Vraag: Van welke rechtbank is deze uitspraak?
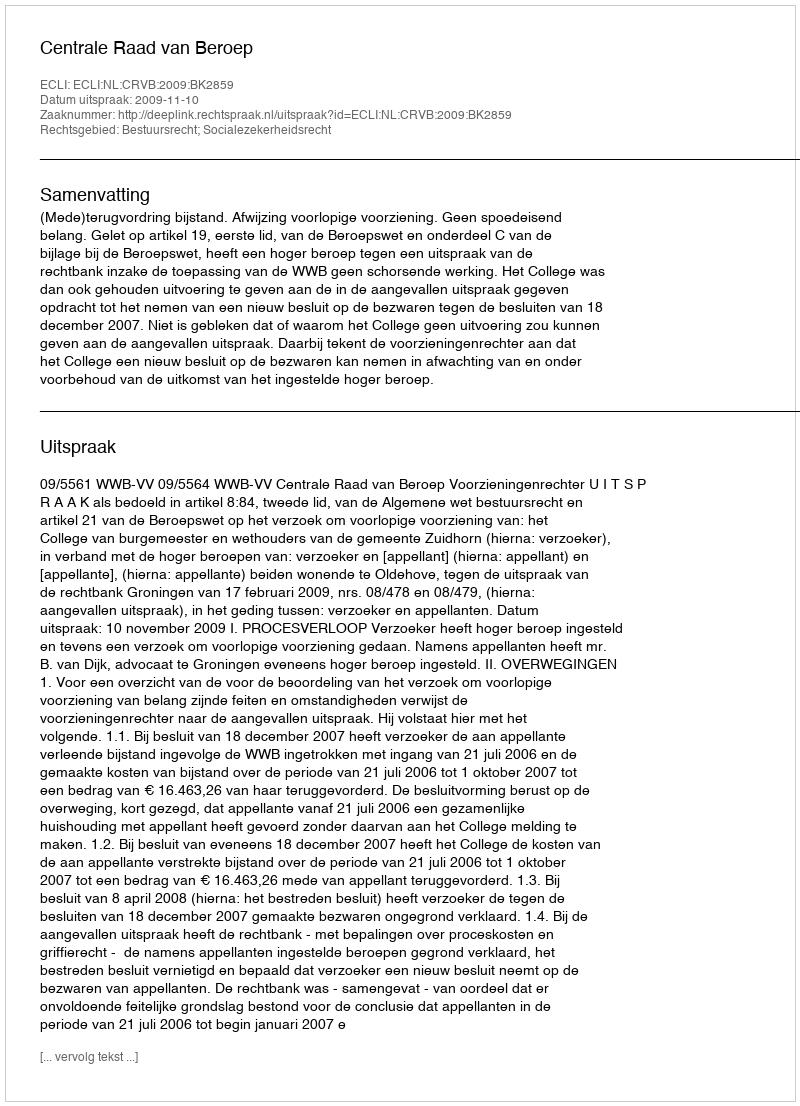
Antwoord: Centrale Raad van Beroep